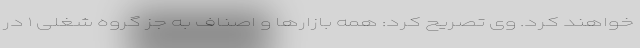
خواهند کرد. وی تصریح کرد: همه بازارها و اصناف به جز گروه شغلی ۱ در